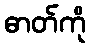
ဓာတ်ကို